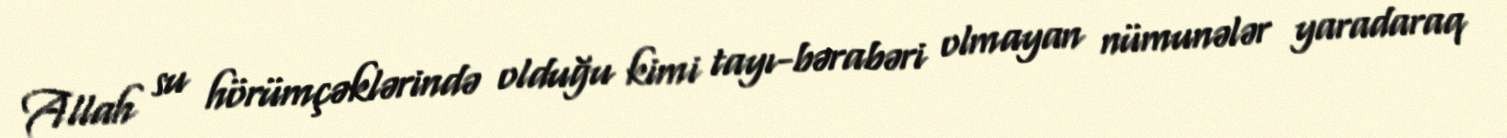
Allah su hörümçəklərində olduğu kimi tayı-bərabəri olmayan nümunələr yaradaraq